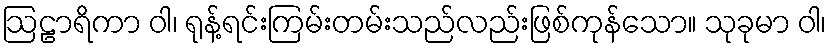
ဩဠာရိကာ ဝါ၊ ရုန့်ရင်းကြမ်းတမ်းသည်လည်းဖြစ်ကုန်သော။ သုခုမာ ဝါ၊